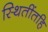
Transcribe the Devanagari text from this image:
स्थितींतहि